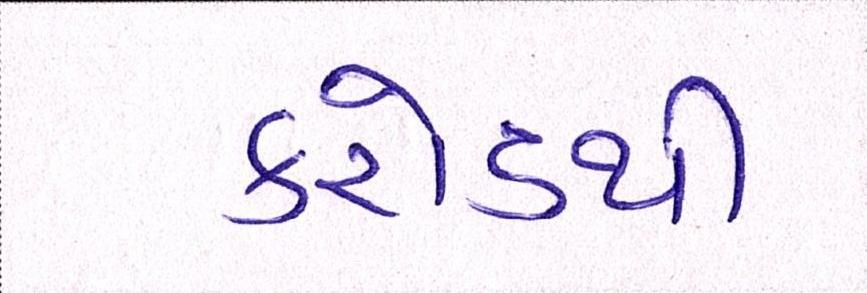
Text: કરોડથી